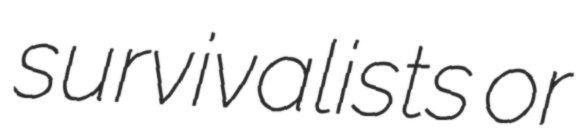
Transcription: survivalists or